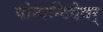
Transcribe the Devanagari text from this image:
पोन्पन्दिदेवर्